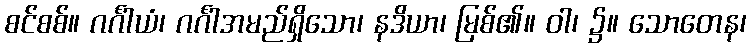
စင်စစ်။ ဂင်္ဂါယံ၊ ဂင်္ဂါအမည်ရှိသော၊ နဒိယာ၊ မြစ်၏။ ဝါ၊ ၌။ သောတေန၊